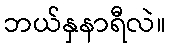
ဘယ်နှနာရီလဲ။